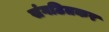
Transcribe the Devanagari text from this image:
संगठितकर